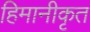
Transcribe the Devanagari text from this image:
हिमानीकृत